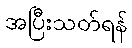
အပြီးသတ်ရန်